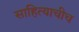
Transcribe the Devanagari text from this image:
साहित्याचीच